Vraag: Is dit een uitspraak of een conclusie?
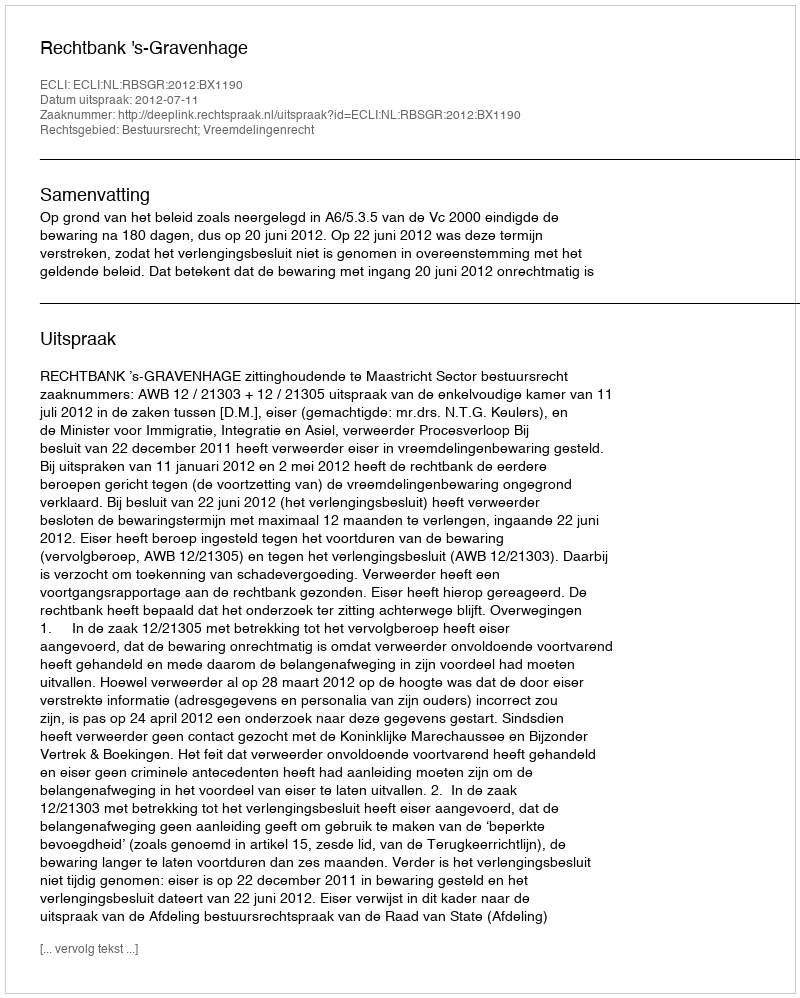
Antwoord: Uitspraak